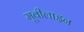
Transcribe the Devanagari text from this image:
मूवीलाइन